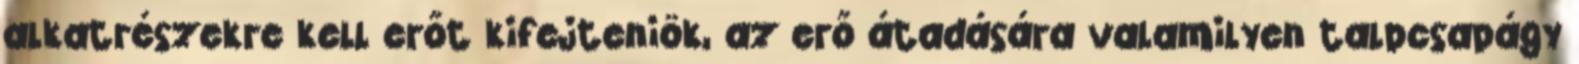
alkatrészekre kell erőt kifejteniök, az erő átadására valamilyen talpcsapágy